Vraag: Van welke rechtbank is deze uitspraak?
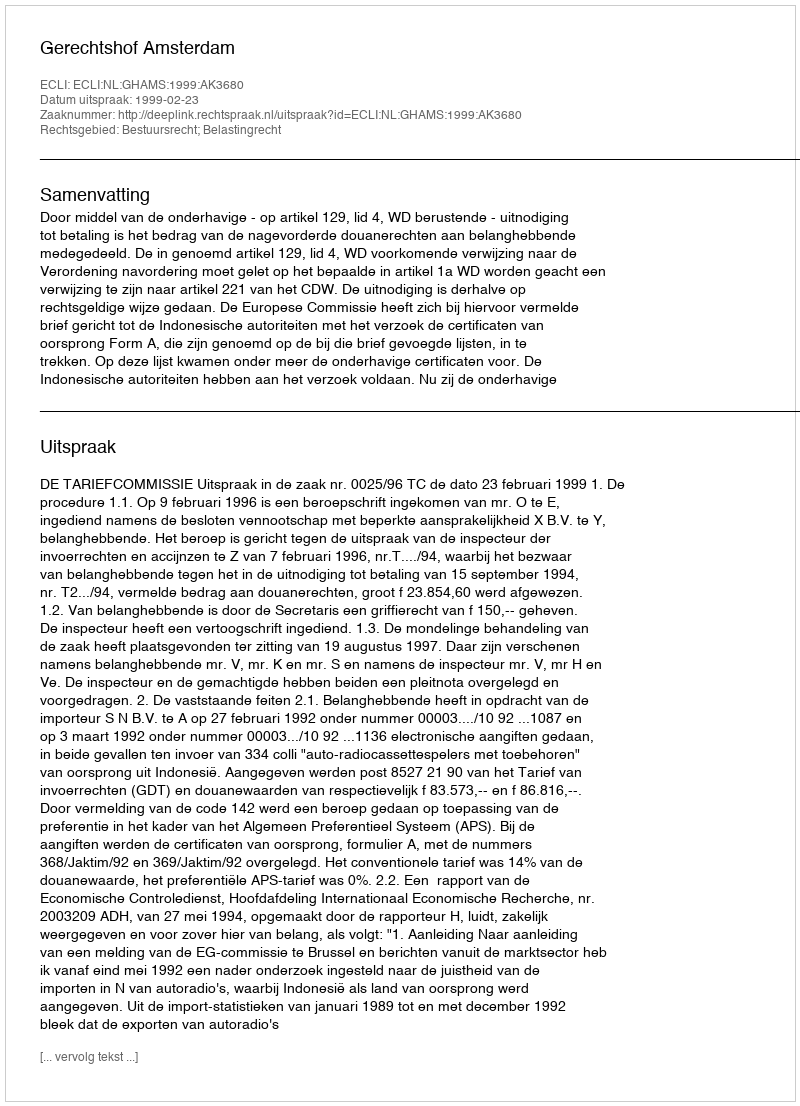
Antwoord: Gerechtshof Amsterdam